Note on the mental hospitals in Burma - 1925-1940
Year: 1925
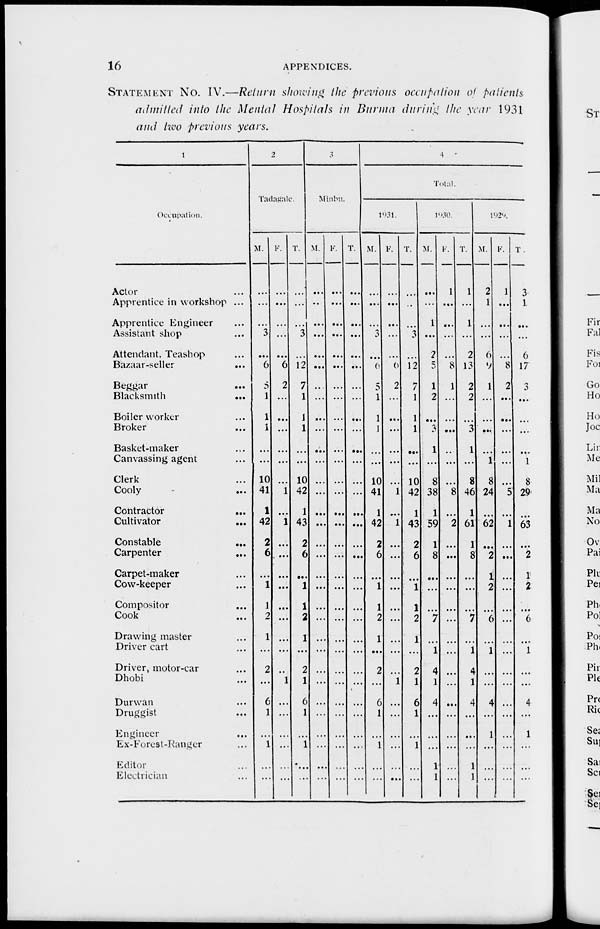
16
APPENDICES.
STATEMENT NO. IV.—Return showing the previous occupation of patients
admitted into the Mental Hospitals in Burma during the year 1931
and two previous years.
1
Occupation.
Actor ...
Apprentice in workshop ...
Apprentice Engineer ...
Assistant shop ...
Attendant. Teashop ...
Bazaar-seller ...
Beggar
...
Blacksmith
...
Boiler worker ...
Broker ...
Basket-maker ...
Canvassing agent ...
Clerk ...
Cooly ...
Contractor
...
Cultivator
...
Constable ...
Carpenter
Carpet-maker
Cow-keeper
Compositor
Cook
Drawing master
Driver cart ...
Driver, motor-car
Dhobi ...
Durwan ...
Druggist ...
Engineer ...
Ex-Forest-Ranger ...
Editor ...
Electrician ...
2
Tadagate.
M.
...
...
...
3
...
6
5
1
1
1
...
...
10
41
1
42
2
6
...
1
1
2
1
...
2
...
6
1
...
1
...
...
F.
...
...
...
...
...
6
2
...
...
...
...
...
...
1
...
1
...
...
...
...
...
...
...
...
...
1
...
...
...
...
...
...
T.
...
...
...
3
...
12
7
1
1
1
...
...
10
42
1
43
2
6
...
1
1
2
1
...
2
1
6
1
...
1
...
...
3
Minbu.
M.
...
...
...
...
...
...
...
...
...
...
...
...
...
...
...
...
...
...
...
...
...
...
...
...
...
...
...
...
...
...
...
...
F.
...
...
...
...
...
...
...
...
...
...
...
...
...
...
...
...
...
...
...
...
...
...
...
...
...
...
...
...
...
...
...
..
T.
...
...
...
...
...
...
...
...
...
...
...
...
...
...
...
...
...
...
...
...
...
...
...
...
...
...
...
...
...
...
...
...
4
Total.
1931.
M.
...
...
...
3
...
6
5
1
1
1
...
...
10
41
1
42
2
6
...
1
1
2
1
...
2
...
6
1
...
1
...
...
F.
...
...
...
...
...
6
2
...
...
...
...
...
...
1
...
1
...
...
...
...
...
...
...
...
...
1
...
...
...
...
...
...
T.
...
...
...
3
...
12
7
1
1
1
...
...
10
42
1
43
2
6
...
1
1
2
1
...
2
1
6
1
...
1
...
...
1930.
M.
...
...
1
...
2
5
1
2
...
3
1
...
8
38
1
59
1
8
...
...
...
7
...
1
4
1
4
...
...
...
1
1
F.
1
...
...
...
...
8
1
...
...
...
...
...
...
8
...
2
...
...
...
...
...
...
...
...
...
...
....
...
...
...
...
...
T.
1
...
1
...
2
13
2
2
...
3
1
...
8
46
1
61
1
8
...
....
...
7
...
1
4
1
4
...
...
...
1
1
l929.
M.
2
1
...
...
6
9
1
...
...
...
...
1
8
24
...
62
...
2
1
2
...
6
...
1
...
...
4
...
1
...
...
...
F.
1
...
....
...
...
8
2
...
...
...
...
...
...
5
...
1
...
...
...
...
...
...
...
...
...
...
...
...
...
...
...
...
T .
3
1
...
...
6
17
3
...
...
...
...
1
8
29
...
63
...
2
1
2
...
6
...
1
...
....
4
...
1
...
...
...